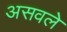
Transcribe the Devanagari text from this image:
असवले